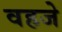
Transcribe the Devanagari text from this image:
वहजे